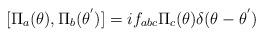
LaTeX: \begin{align*}[{\Pi}_a({\theta}),{\Pi}_b({\theta}^{'})]=i f_{abc}{\Pi}_c({\theta}) {\delta}(\theta -{\theta}^{'})\end{align*}